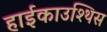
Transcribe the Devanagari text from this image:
हाईकाउश्थिस